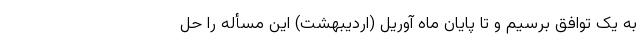
به یک توافق برسیم و تا پایان ماه آوریل (اردیبهشت) این مسأله را حل